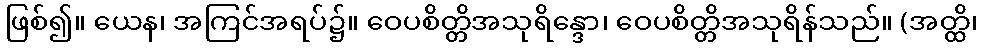
ဖြစ်၍။ ယေန၊ အကြင်အရပ်၌။ ဝေပစိတ္တိအသုရိန္ဒော၊ ဝေပစိတ္တိအသုရိန်သည်။ (အတ္ထိ၊